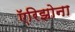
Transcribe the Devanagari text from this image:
ऍरिझोना